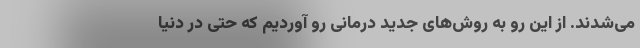
می‌شدند. از این رو به روش‌های جدید درمانی رو آوردیم که حتی در دنیا